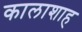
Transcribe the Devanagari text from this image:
कालाशाह